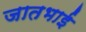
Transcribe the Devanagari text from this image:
जातभाई